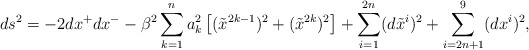
\begin{align*}ds^2 = -2 dx^+ dx^-- \beta^2 \sum_{k=1}^n a_k^2 \left[ (\tilde{x}^{2k-1})^2 +(\tilde{x}^{2k})^2 \right]+ \sum_{i=1}^{2n} (d\tilde{x}^i)^2 + \sum_{i=2n+1}^9 (dx^i)^2,\end{align*}